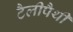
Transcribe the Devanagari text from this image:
टैलीपैथी